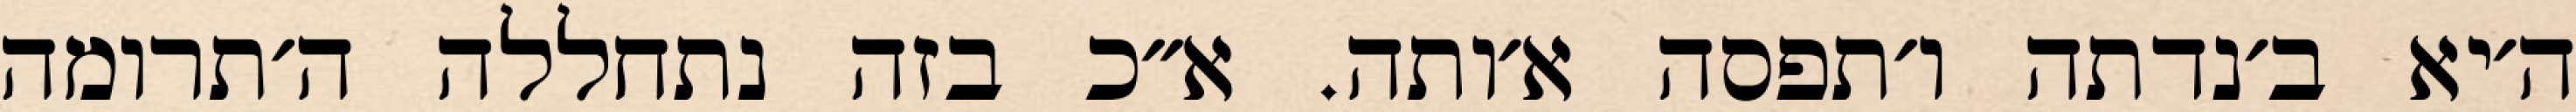
ה׳יא ב׳נדתה ו׳תפסה א׳ותה. א״כ בזה נתחללה ה׳תרומה